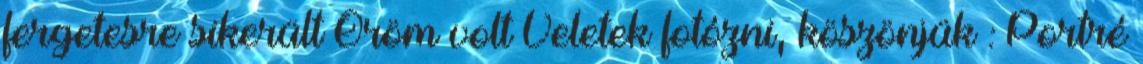
fergetesre sikerült Öröm volt Veletek fotózni, köszönjük : Portré